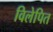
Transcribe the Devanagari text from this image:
विलेपित